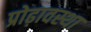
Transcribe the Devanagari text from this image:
प्रोढ़ावस्था